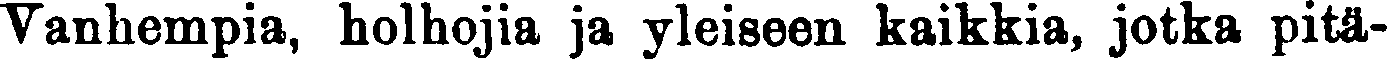
Vanhempia, holhojia ja yleiseen kaikkia, jotka pitä-